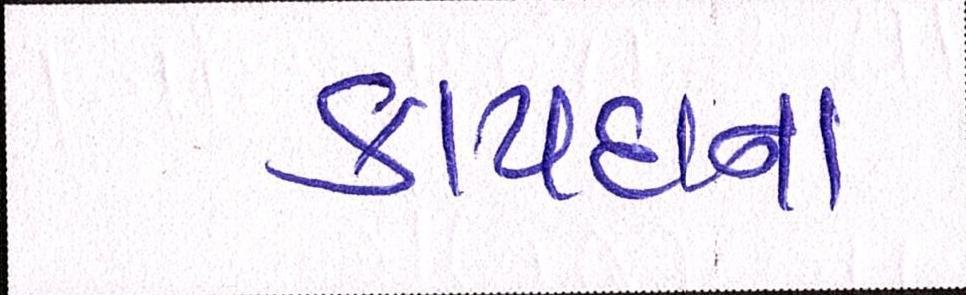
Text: કાયદાના